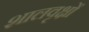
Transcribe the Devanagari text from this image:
शालवृक्षों